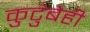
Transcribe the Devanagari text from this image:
कुटुंबेही